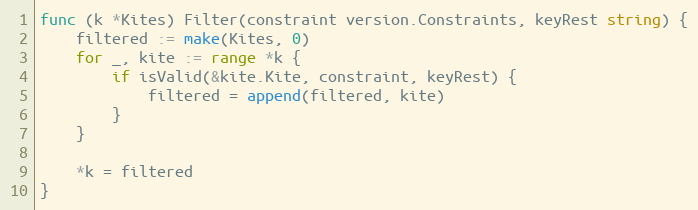
Language: Go
func (k *Kites) Filter(constraint version.Constraints, keyRest string) {
	filtered := make(Kites, 0)
	for _, kite := range *k {
		if isValid(&kite.Kite, constraint, keyRest) {
			filtered = append(filtered, kite)
		}
	}

	*k = filtered
}